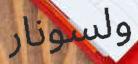
ولسونار